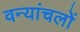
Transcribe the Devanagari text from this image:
वन्यांचलों